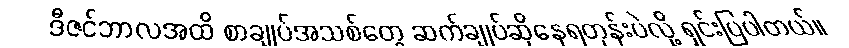
ဒီဇင်ဘာလအထိ စာချုပ်အသစ်တွေ ဆက်ချုပ်ဆိုနေရတုန်းပဲလို့ ရှင်းပြပါတယ်။